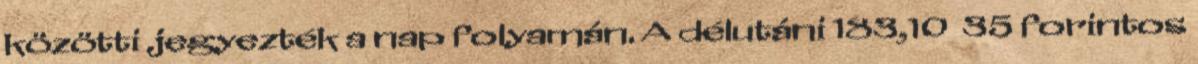
közötti jegyezték a nap folyamán. A délutáni 183,10 35 forintos